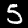
Label: 5